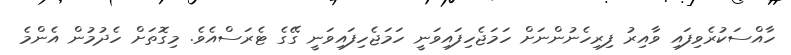
ހާއްސަކުރެވިފައި ވާއިރު ފިރިހެނުންނަށް ހަމަޖެހިފައިވަނީ ހަމަޖެހިފައިވަނީ ގޭގެ ޓެރަސްއެވެ. މިގޮތަށް ހެދުމުން އެންމެ